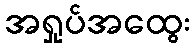
အရှုပ်အထွေး